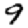
Digit: 9